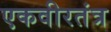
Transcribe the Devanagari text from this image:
एकवीरतंत्र